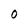
Character: 0